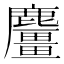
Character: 麠